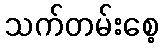
သက်တမ်းစေ့